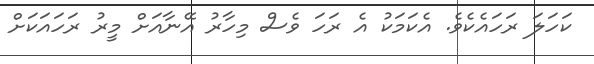
ކަހަލަ ރަހައެކެވެ. އެކަމަކު އެ ރަހަ ވެސް މިހާރު އޭނާއަށް މީރު ރަހައަކަށް